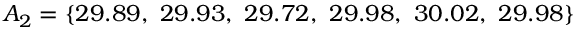
A _ { 2 } = \{ 2 9 . 8 9 , \ 2 9 . 9 3 , \ 2 9 . 7 2 , \ 2 9 . 9 8 , \ 3 0 . 0 2 , \ 2 9 . 9 8 \}